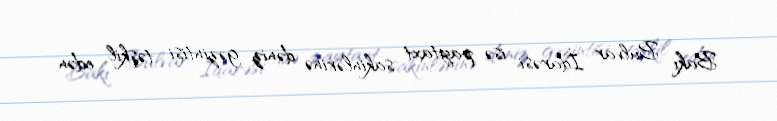
Bakı Bulvar İdarəsi isə paytaxt sakinlərinə dəniz gəzintisi təşkil edən